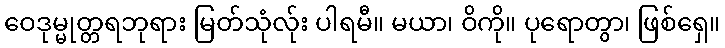
ဝေဒုမ္မုတ္တရဘုရား မြတ်သုံလ်ုး ပါရမီ။ မယာ၊ ဝိကို။ ပုရောတွာ၊ ဖြစ်ရှေ။